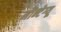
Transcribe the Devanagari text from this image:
मौन्टेग्यू